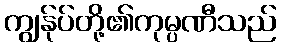
ကျွန်ုပ်တို့၏ကုမ္ပဏီသည်